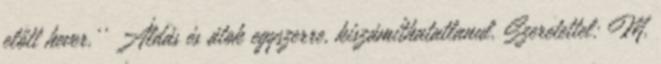
előtt hever.'' Áldás és átok egyszerre, kiszámíthatatlanul. Szeretettel: M.